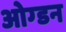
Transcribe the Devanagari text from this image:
ओग्डन